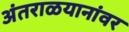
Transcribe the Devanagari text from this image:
अंतराळयानांवर